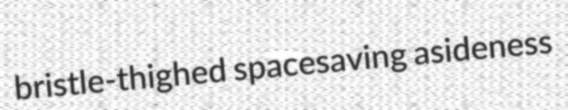
bristle-thighed spacesaving asideness